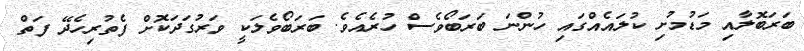
ބަރަބޮލާއި މަޑުމުށި ކުލައެއްގައި ހުންނަ ބަރަބޯވެސް ހުރެއެވެ. ބަރަބޯވެލަކީ ވަރުގަދަކޮށް ފެތުރިހެދޭ ފަތް